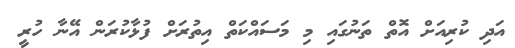
އަދި ކުރިއަށް އޮތް ތަނުގައި މި މަސައްކަތް އިތުރަށް ފުޅާކުރަން އޭނާ ހުރީ